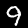
Digit: 9